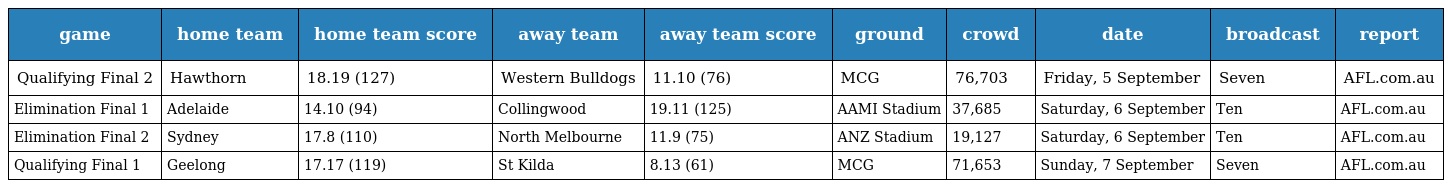
| game | home team | home team score | away team | away team score | ground | crowd | date | broadcast | report |
 | --- | --- | --- | --- | --- | --- | --- | --- | --- | --- |
 | Qualifying Final 2 | Hawthorn | 18.19 (127) | Western Bulldogs | 11.10 (76) | MCG | 76,703 | Friday, 5 September | Seven | AFL.com.au |
 | Elimination Final 1 | Adelaide | 14.10 (94) | Collingwood | 19.11 (125) | AAMI Stadium | 37,685 | Saturday, 6 September | Ten | AFL.com.au |
 | Elimination Final 2 | Sydney | 17.8 (110) | North Melbourne | 11.9 (75) | ANZ Stadium | 19,127 | Saturday, 6 September | Ten | AFL.com.au |
 | Qualifying Final 1 | Geelong | 17.17 (119) | St Kilda | 8.13 (61) | MCG | 71,653 | Sunday, 7 September | Seven | AFL.com.au |